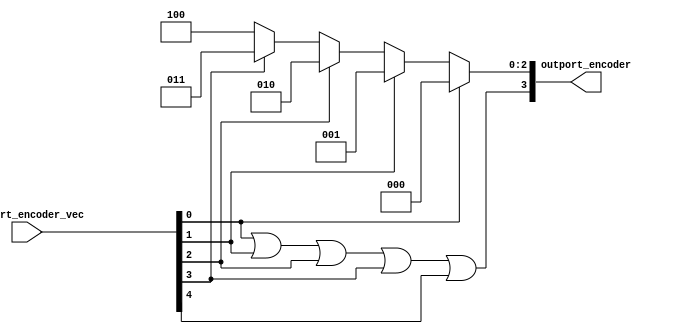



// Ports:
// Name                         I/O  size props
// outport_encoder                O     4
// outport_encoder_vec            I     5
//

`ifdef BSV_ASSIGNMENT_DELAY
`else
`define BSV_ASSIGNMENT_DELAY
`endif

module Outport_encoder(outport_encoder_vec,
			      outport_encoder);
  // value method outport_encoder
  input  [4 : 0] outport_encoder_vec;
  output [3 : 0] outport_encoder;

  // signals for module outputs
  wire [3 : 0] outport_encoder;

  // value method outport_encoder
  assign outport_encoder =
	     { outport_encoder_vec[0] || outport_encoder_vec[1] ||
	       outport_encoder_vec[2] ||
	       outport_encoder_vec[3] ||
	       outport_encoder_vec[4],
	       outport_encoder_vec[0] ?
		 3'd0 :
		 (outport_encoder_vec[1] ?
		    3'd1 :
		    (outport_encoder_vec[2] ?
		       3'd2 :
		       (outport_encoder_vec[3] ? 3'd3 : 3'd4))) } ;
endmodule  // module_outport_encoder